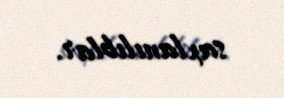
saxlanılıblar.